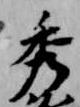
秀